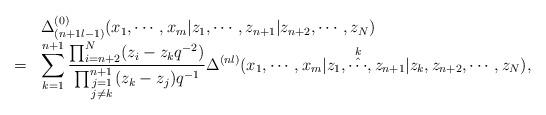
LaTeX: \begin{align*}\begin{array}{cl}&\Delta_{(n+1 l-1)}^{(0)}(x_1,\cdots,x_m|z_1,\cdots,z_{n+1}|z_{n+2},\cdots,z_N) \\=&\displaystyle\sum_{k=1}^{n+1}\frac{\prod_{i=n+2}^{N}(z_i-z_k q^{-2})}{\prod_{\scriptstyle{j=1}\atop \scriptstyle{j\ne k}}^{n+1} (z_k-z_j)q^{-1}}\Delta^{(n l)}(x_1,\cdots,x_m|z_1,\mathop{\hat{\cdots}}^{k},z_{n+1}|z_k, z_{n+2},\cdots,z_N), \end{array}\end{align*}